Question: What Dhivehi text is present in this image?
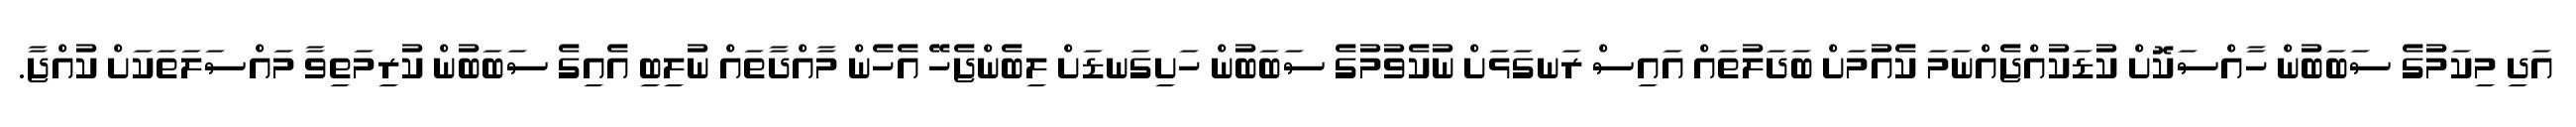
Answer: އަދި މިކަމުގެ ސަބަބުން ހާއްސަކޮށް ކުޑަކުއްޖެއްނަމަ ކެއުމަށް ބަދަލުތައް އައިސް ރަނގަޅަށް ނުކެވުމުގެ ސަބަބުން ހަށިގަނޑަށް ލިބެންޖެހޭ އެހެން މާއްދާތައް ނުލިބި އެއިގެ ސަބަބުން ކުރިމަތިވާ މައްސަލަތަކަށް ކުއްޖާ.